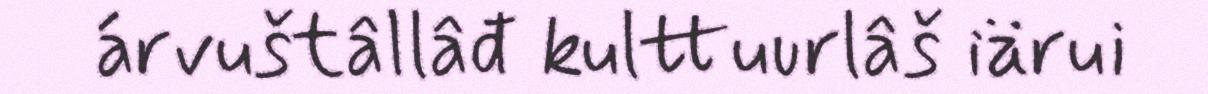
árvuštâllâđ kulttuurlâš iärui